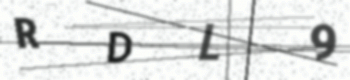
Text: RDL9